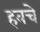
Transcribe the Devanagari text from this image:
हवचे